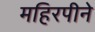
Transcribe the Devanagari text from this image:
महिरपीने